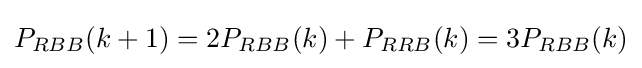
P_{RBB}(k+1)=2P_{RBB}(k)+P_{RRB}(k)=3P_{RBB}(k)